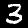
Digit: 3